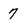
Character: 7